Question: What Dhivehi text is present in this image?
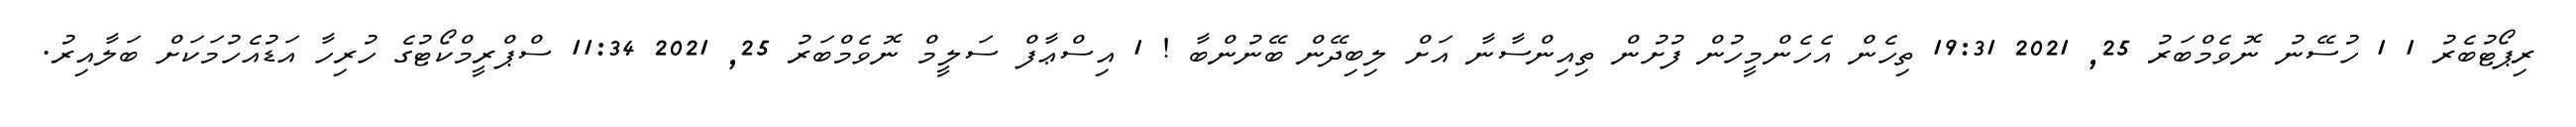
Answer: ރިޕޯޓުބެރު 1 1 ހުސޭނު ނޮވެމްބަރު 25, 2021 19:31 ތިހެން އެހެންމީހުން ފުށުން ތިއިންސާނާ އަށް ލިބިދޭން ބޭނުންބާ ! 1 އިސްޢާފް ސަލީމް ނޮވެމްބަރު 25, 2021 11:34 ސްޕްރީމްކޯޓުގެ ހުރިހާ އަޑުއެހުމަކަށް ބަލާއިރު.